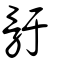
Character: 骬